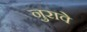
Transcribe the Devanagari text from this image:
नुरावे